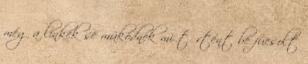
még a linkek se müködnek mi tőrtént be fucsolt